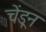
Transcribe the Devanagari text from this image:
चेंडून